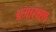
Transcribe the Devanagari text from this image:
प्रजारक्षण